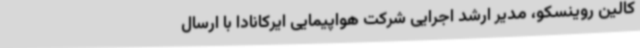
کالین روینسکو، مدیر ارشد اجرایی شرکت هواپیمایی ایرکانادا با ارسال